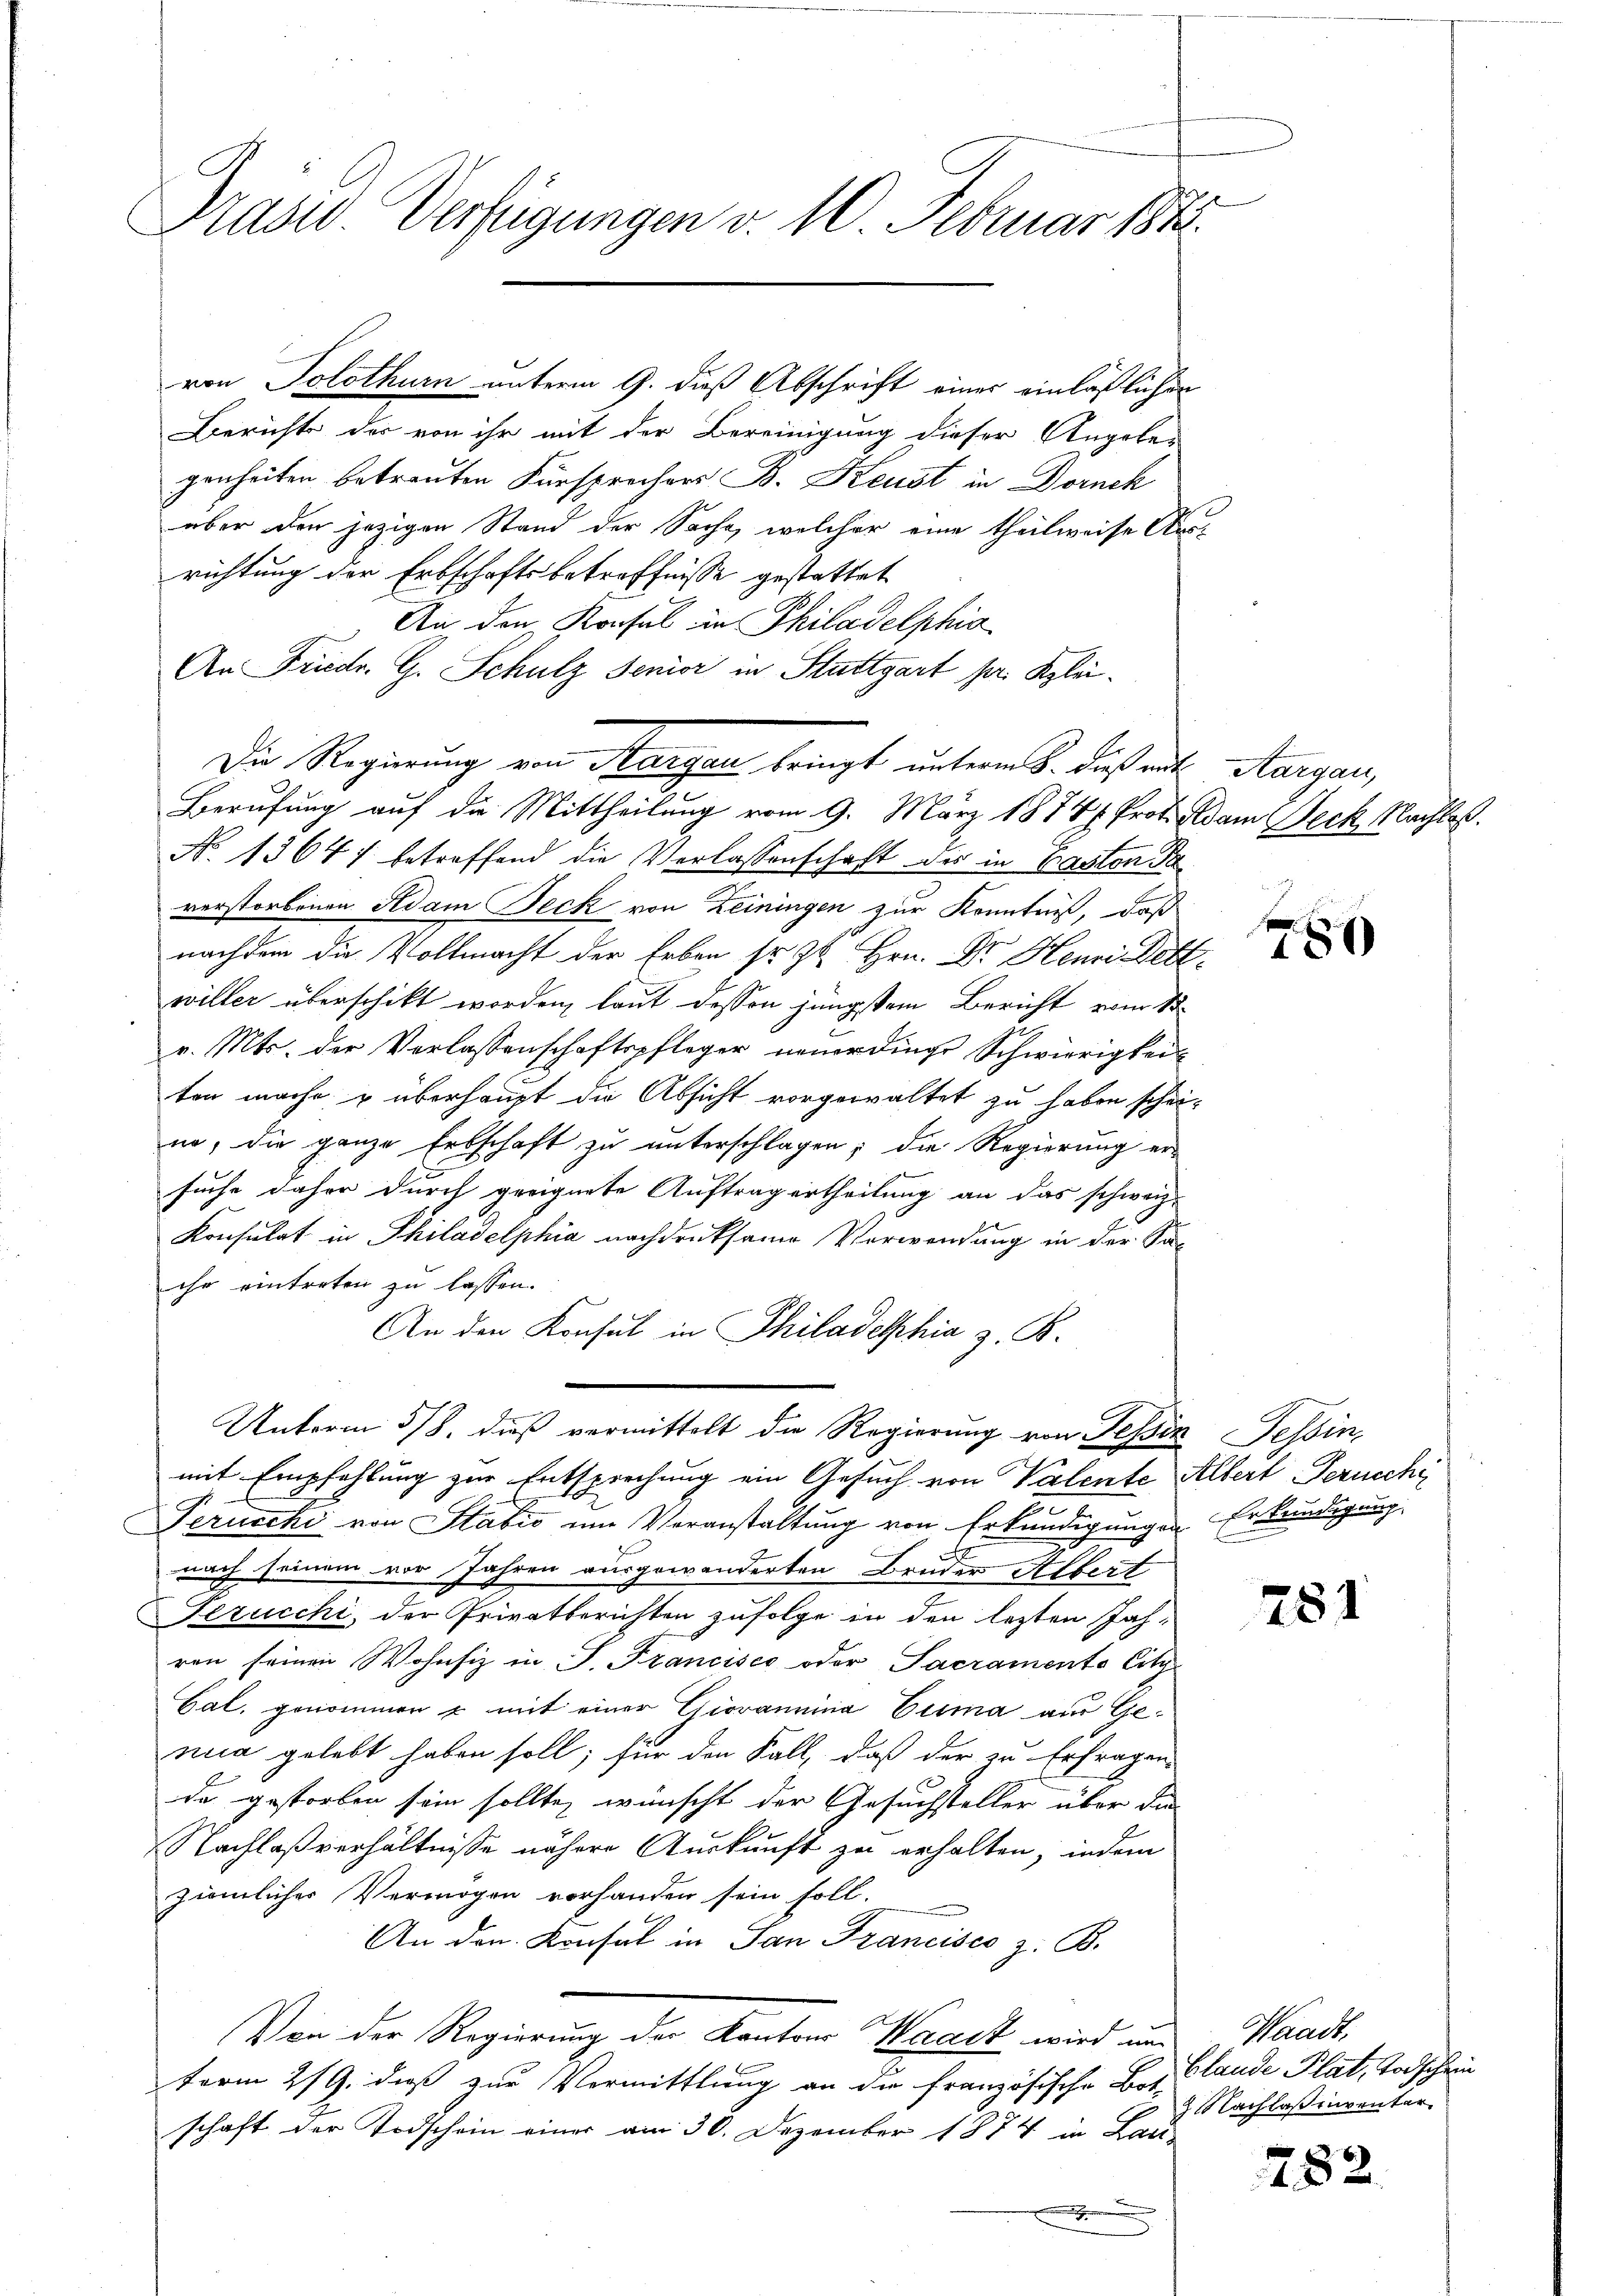
Präsid. Verfügungen v. 10. Februar 184.

Berichts der von ihr mit der Bereinigung dieser Angeles
genheiten betreuten Fürsprechers B. Keust in Dornek
über den jezigen Stand der Sache, welcher eine theilweise Aus
richtung der Erbschaftsbetreffnisse gestattet
An den Konsul in Philadelphia
An Friedr. G. Schulz Senior in Stuttgart pr. Klei¬
Berufung auf die Mittheilung vom 9. März 1874 Prot. Adam Jeck, Nachloß.
No. 1364 betreffend die Verlassenschaft des in Paston Paverstorbenen Adam Jeck von Leiningen zur Kenntniß, daß
nachdem die Vollmacht der Erben sr. Zt. Hrn. Dr. Henri Wett
willer überschikt worden, laut dessen jüngstem Bericht vom 18.
v. Mts. der Verlassenschaftspfleger neuerdings Schwierigkeit
ton mache u überhaupt die Absicht vorgewaltet zu haben schei-
ne, die ganze Erbschaft zu unterschlagen; die Regierung ersuche daher durch geeignete Auftrag ertheilung an das schweiz.
Konsulat in Philadelphia nachdruksame Verwendung in der Sac
ihr eintreten zu lassen.
An den Konsul in Philadelphia z. B.
Unterm 5/8. dieß vermittelt die Regierung von Tessin Tessin,
mit Empfehlung zur Entsprechung ein Gesuch von Valente Albert Peruechi
Peruecki von Stabić um Veranstaltung von Erkundigungen Erkundigung
nach seinem vor Jahren ausgewanderten Bruder Albert
Gezucchi, der Privatberichten zufolge in den lezten Jahren seinen Wohnsiz in P. Francisco oder Sacraments City
Gal. genommen u mit einer Giovanina Eima aus Genia gelebt haben soll; für den Fall, daß der zu Erfragen
da gestorben sein sollte, wünscht der Gesuchsteller über die
Nachlaßverhältnisse nähere Auskunft zu erhalten, indem
ziemlicher Vermögen vorhanden sein soll.
An den Konsul in San Francisco z. B.
Von der Regierung der Kantons Waadt wird und Waadt,
term 219. dieß zur Vermittlung an die französische Bot-
schaft der Todschein einer am 30. Dezember 1874 in Lan
.

von Solothurn unterm 9. dieß Abschrift einer einläßlichen

Die Regierung von Margau bringt unterm 5. daß mit Margau,

789

281

Clande Plat, Todschein
& Nachlaß inventar

282.